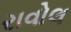
રાવોલ